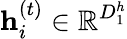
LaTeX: \mathbf{h}_{i}^{(t)}\in\mathbb{R}^{D_{1}^{h}}